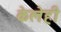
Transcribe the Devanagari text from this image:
केलेही